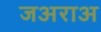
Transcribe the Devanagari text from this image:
जअराअ